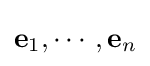
\mathbf {e} _{1},\cdots ,\mathbf {e} _{n}